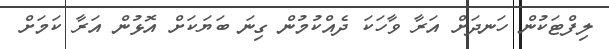
ލިފްޓަކުން ހަނދަށް އަރާ ވާހަކަ ދެއްކުމުން ގިނަ ބަޔަކަށް އޮޅުން އަރާ ކަމަށް